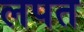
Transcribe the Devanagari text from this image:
लपत